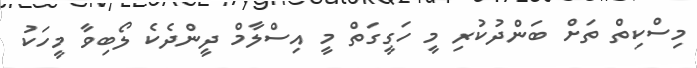
މިސްކިތް ތަށް ބަންދުކުރި މީ ހަގީގަތް މީ އިސްލާމް ދީންދެކެ ލޯބިވާ މީހަކު